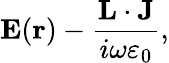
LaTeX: {\mathbf E}({\mathbf r})-\frac{{\mathbf L}\cdot{\mathbf J}}{i\omega\varepsilon_{0}},